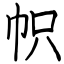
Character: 帜